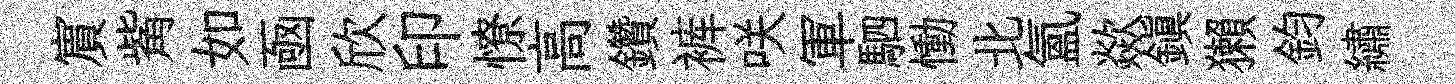
賔觜如凾欣印憭高鑽裤咲軍駟慟北氲歘鎮獺鈞繡